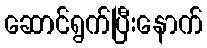
ဆောင်ရွက်ပြီးနောက်